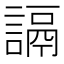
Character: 䛿